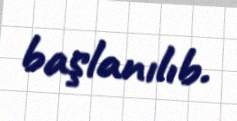
başlanılıb.